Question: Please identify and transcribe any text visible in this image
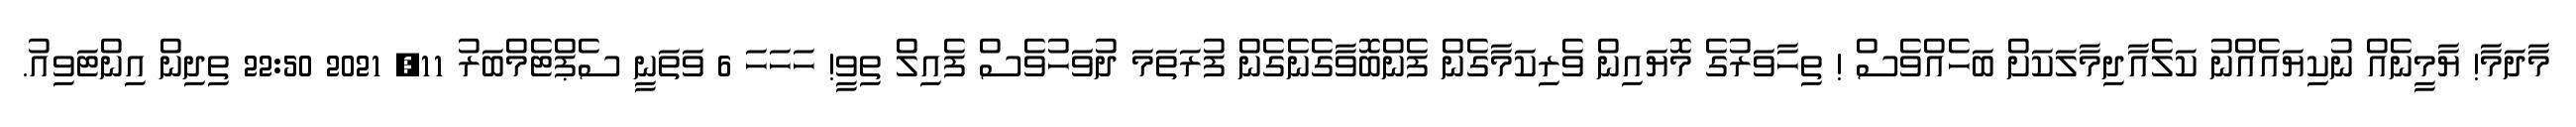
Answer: މާދަމާ! ޔާމީނެއް ނުކިޔައެއްނު ކަލެއާދިމާލަކަށް ބަހެއްވެސް ! ތިހާވަރުގެ މޮޔައިން ވެރިކަމާގެން ފެންބޮވާގެނެގެން ފުރަތަމަ ދުވަހުވެސް ފެއިލް ތިވީ! ހަހަހަ 6 ވަތަނީ ސެޕްޓެމްބަރު 11, 2021 22:50 ތިދިން އިންޓަވިއު.